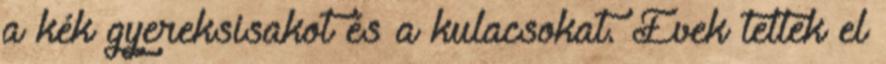
a kék gyereksisakot és a kulacsokat. Évek teltek el